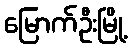
မြောက်ဦးမြို့